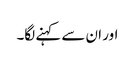
اور ان سے کہنے لگا۔